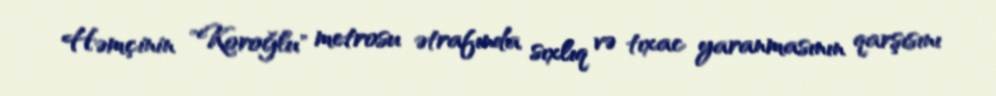
Həmçinin "Koroğlu" metrosu ətrafında sıxlıq və tıxac yaranmasının qarşısını